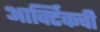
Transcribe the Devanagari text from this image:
आर्क्टिकची